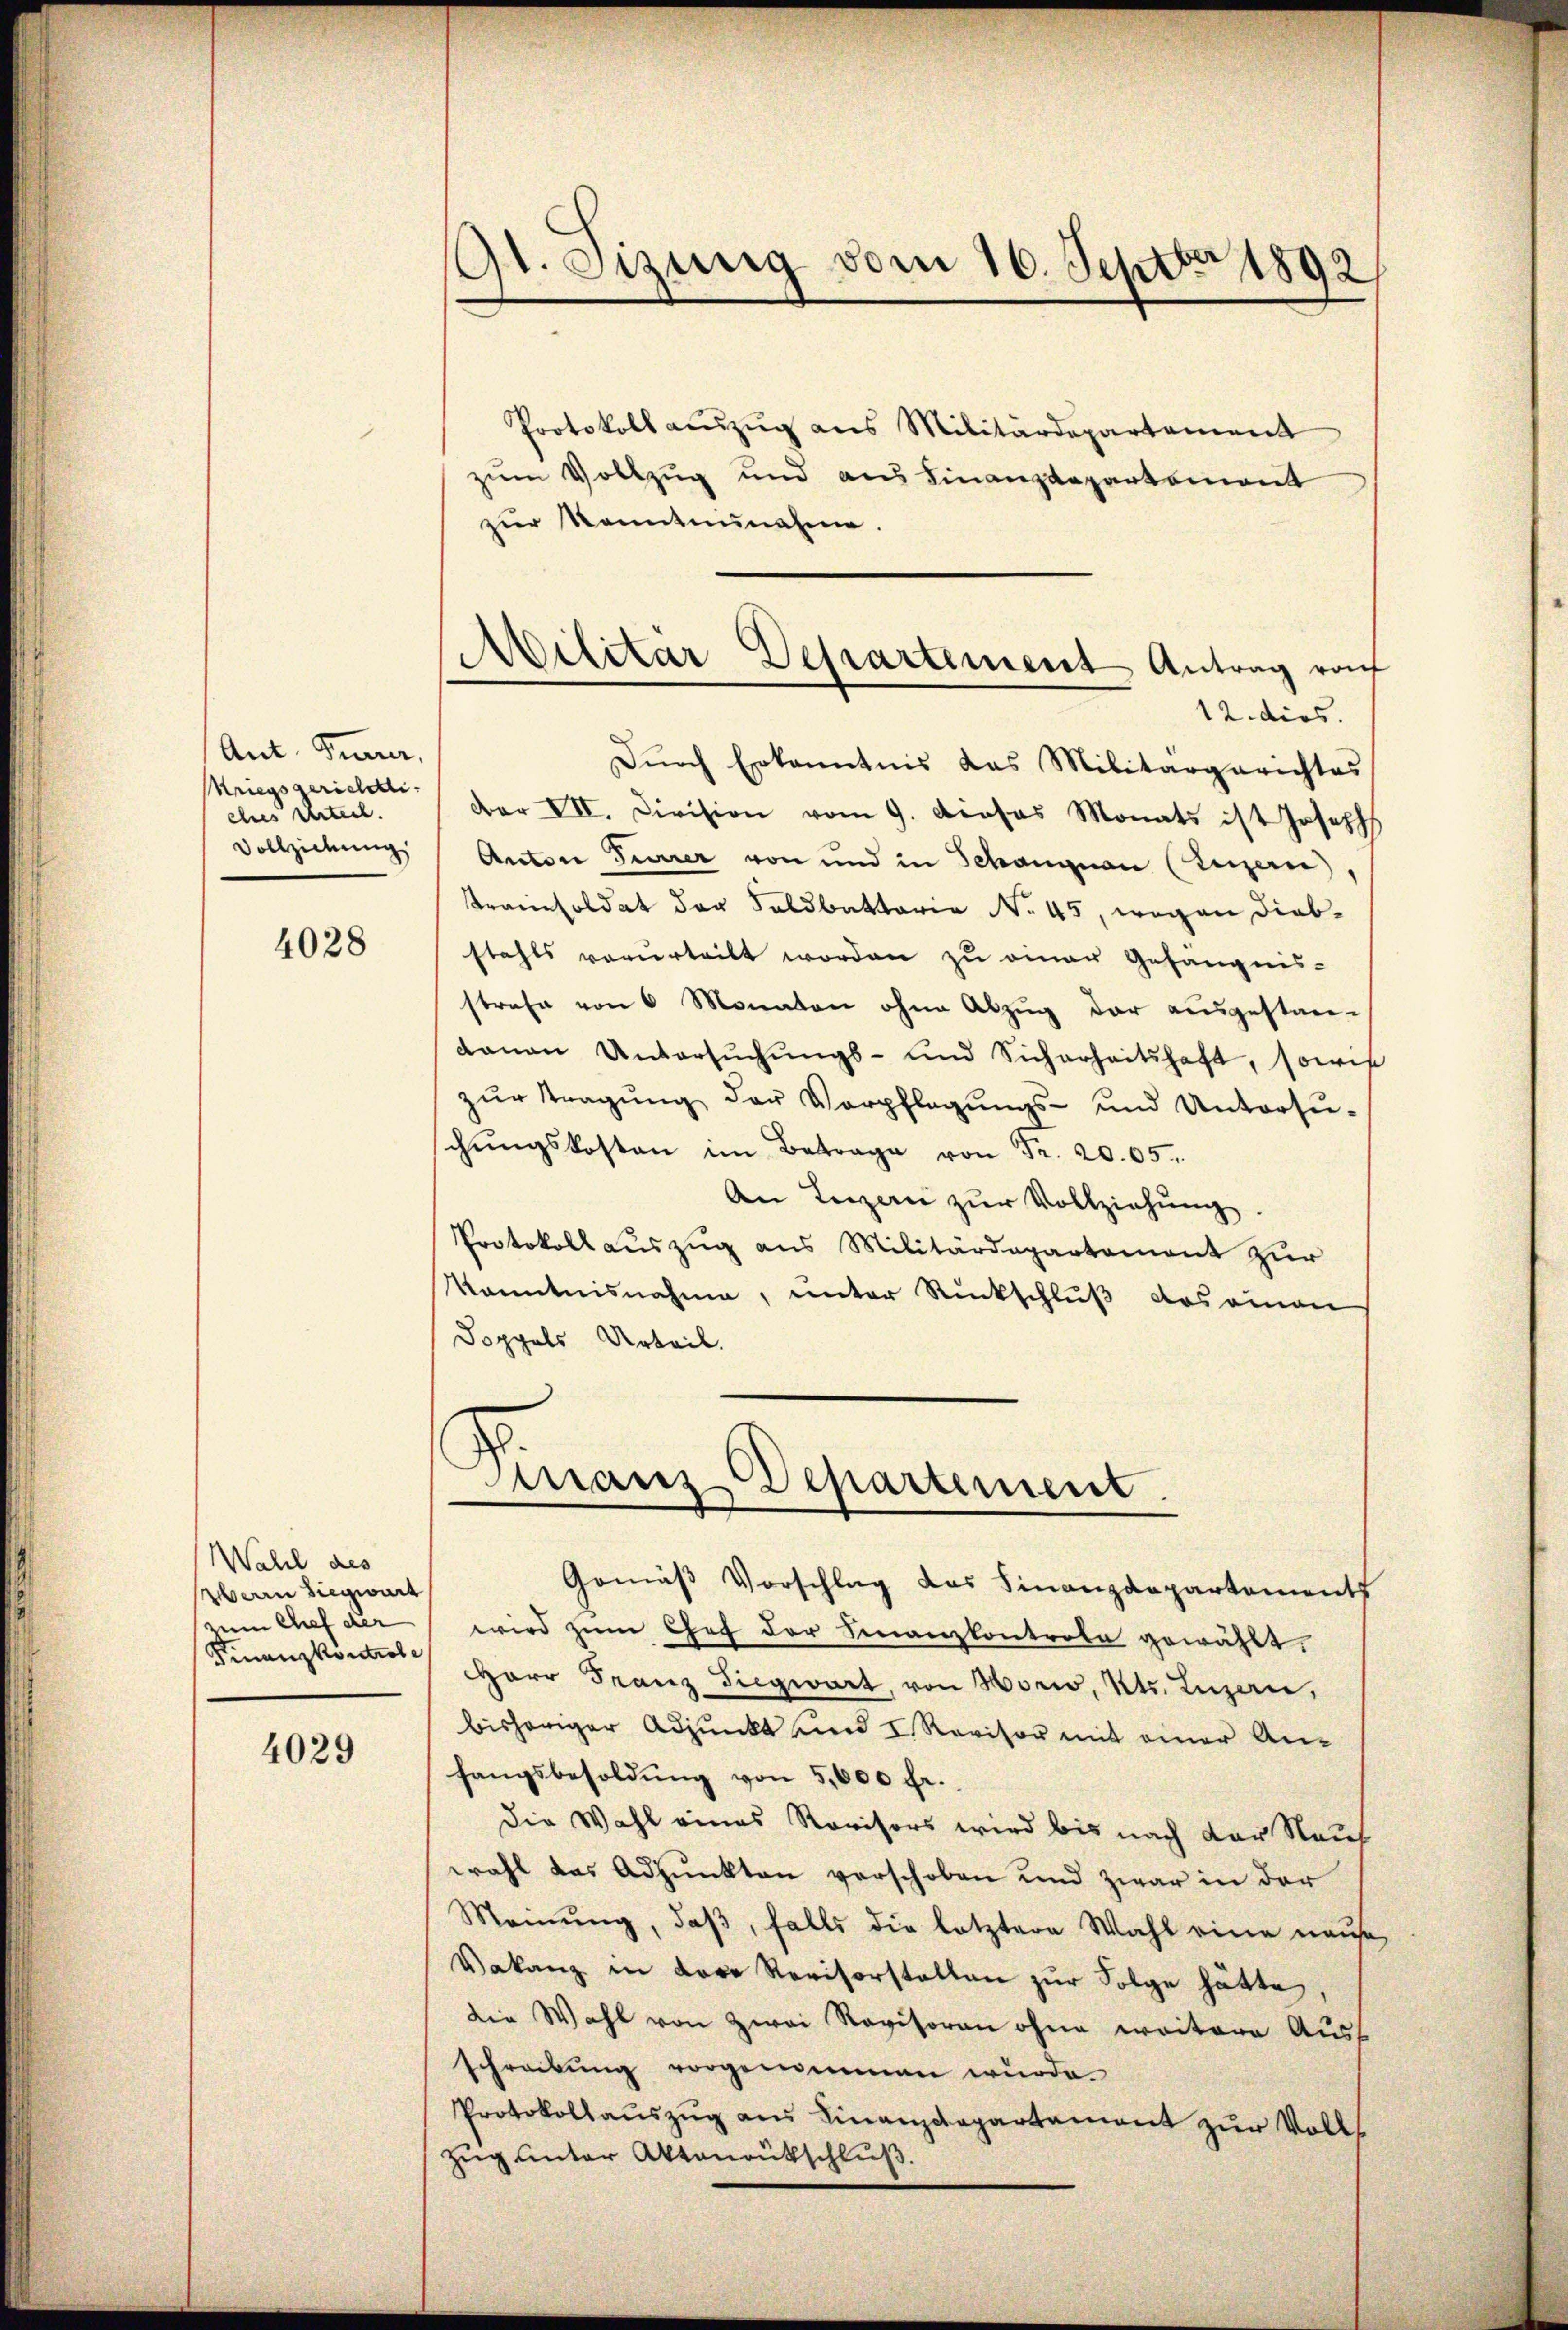
Ant. Furrer,
Kriegsgerichtli
ches Urteil.
Vollziehung

4028

all des
errn Siegwart
zum Chef der
Finanzkontrole

4029

Protokoll auszug aus Militärdepartement
zum Vollzug und aus Finanzdepartemont
zur Kenntennahme.
Dŭrch Erkanntnis das Militärgerichtes
r VII. Division vom 9. Dieses Monats ist Joseph
Anton Terrer von und in Schangnau (Luzern)
Tranzsoldat der Feldbettaria No. 45, wegen Diebstahls verurteilt worden zu einer Gefängnis-
strafe von 6 Monaten ohne Abzug der ausgestandavon Untersŭchŭngs- und Sicherheitshaft, sowie
zŭr Tragŭng der Verpflegŭngs- und Untersu-
chŭngskosten im Betrage von Fr. 20. 65.
An Lenzer zŭr Vollziehŭng.
Protokoll aŭszŭg ans Militärdepartement zŭr
Kanntnisnahme, unter Rückschluß das einen
Doppels Urteil.

Gr. Sizung vom 16. Septbr 1892

Militar Departement Antrag raf
12. dies

Finanz Departement.

Gemäß Vorschlag das Finanzdepartements
wird zum Chef der Finanzkontrole gewählt.
HHerr Franz Siegwart, von Morio, Kts. Luzern,
bisheriger Adjunkt und I. Revisor mit einer Anfangsbesoldŭng von 5,000 fr.
Die Wahl eines Revisors wird bis nach der Rauf
wahl das Adjunkten verschoben und zwar in der
Meinŭng, daβ, falls die letztere Wahl eine neue
Vakanz in Lore Revisorstellen zur Folge hätte,
die Wahl von zwei Revisoran ohne weitere Auss
schreibung vorgenommmen wurde.
Protokollauszug aus Finanzdepartament zur Volks
Zug unter Aktenrutschluß.